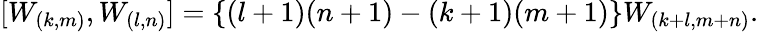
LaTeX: [W_{(k,m)},W_{(l,n)}]=\{ (l+1)(n+1)-(k+1)(m+1)\} W_{(k+l,m+n)}.